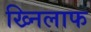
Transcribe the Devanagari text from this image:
ख्निलाफ